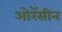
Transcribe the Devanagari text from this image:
ओरॅसीन